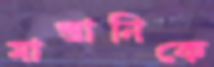
মাস্তানিকে